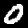
Label: 0